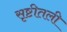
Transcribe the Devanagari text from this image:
सृष्टीतली